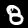
Label: 8